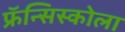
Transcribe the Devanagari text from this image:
फ्रॅन्सिस्कोला